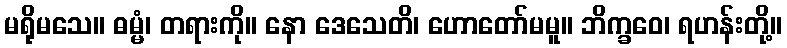
မရိုမသေ။ ဓမ္မံ၊ တရားကို။ နော ဒေသေတိ၊ ဟောတော်မမူ။ ဘိက္ခဝေ၊ ရဟန်းတို့။